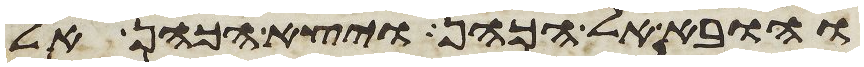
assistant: והובא אל הכהן ויצא הכהן אל